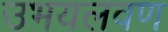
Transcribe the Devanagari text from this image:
उभयलवण